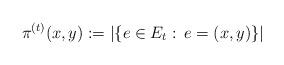
LaTeX: \begin{align*}\pi^{(t)}(x,y):=\left|\{e\in E_t:\, e=(x,y)\}\right|\end{align*}